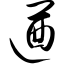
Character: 遒